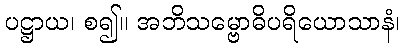
ပဋ္ဌာယ၊ စ၍။ အဘိသမ္ဗောဓိပရိယောသာနံ၊